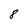
Character: 8